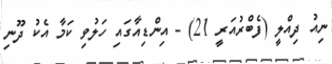
ނިއު ދިއްލީ (ފެބްރުއަރީ 21) - އިންޑިއާގައި ހަލުވި ކަމާ އެކު ދޫނި